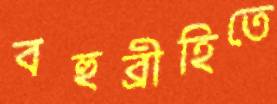
বহুব্রীহিতে